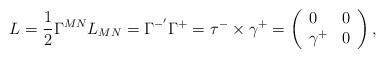
\begin{align*}L=\frac{1}{2}\Gamma ^{MN}L_{MN}=\Gamma ^{-^{\prime }}\Gamma ^{+}=\tau^{-}\times \gamma ^{+}=\left( \begin{array}{ll}0 & 0 \\ \gamma ^{+} & 0\end{array}\right) ,\end{align*}